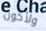
ولأكون